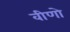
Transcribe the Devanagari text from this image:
वीणो